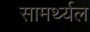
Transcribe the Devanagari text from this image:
सामर्थ्यल